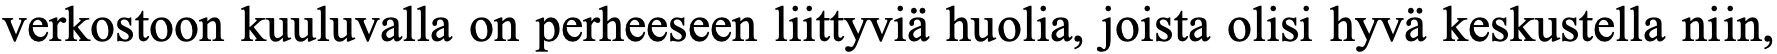
verkostoon kuuluvalla on perheeseen liittyviä huolia, joista olisi hyvä keskustella niin,